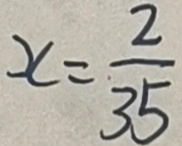
x = \frac { 2 } { 3 5 }